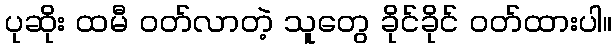
ပုဆိုး ထမီ ဝတ်လာတဲ့ သူတွေ ခိုင်ခိုင် ဝတ်ထားပါ။